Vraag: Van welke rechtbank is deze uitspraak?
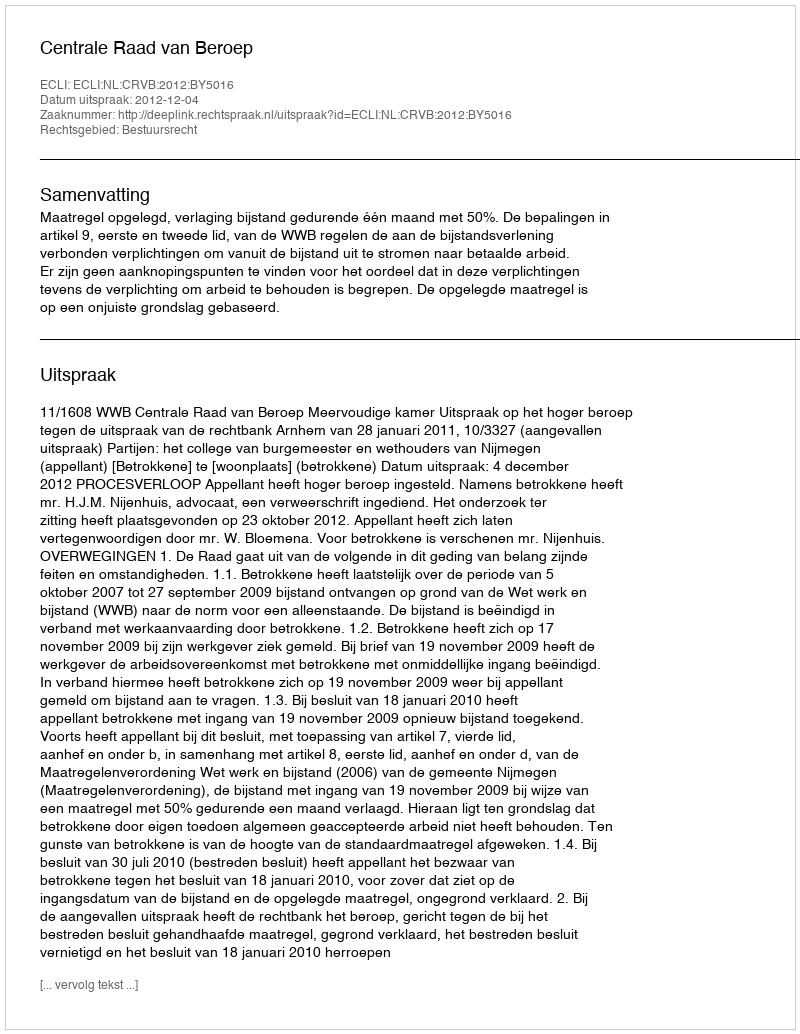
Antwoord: Centrale Raad van Beroep